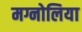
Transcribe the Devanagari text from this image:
मग्नोलिया